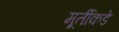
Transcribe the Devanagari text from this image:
मूर्तीकडे